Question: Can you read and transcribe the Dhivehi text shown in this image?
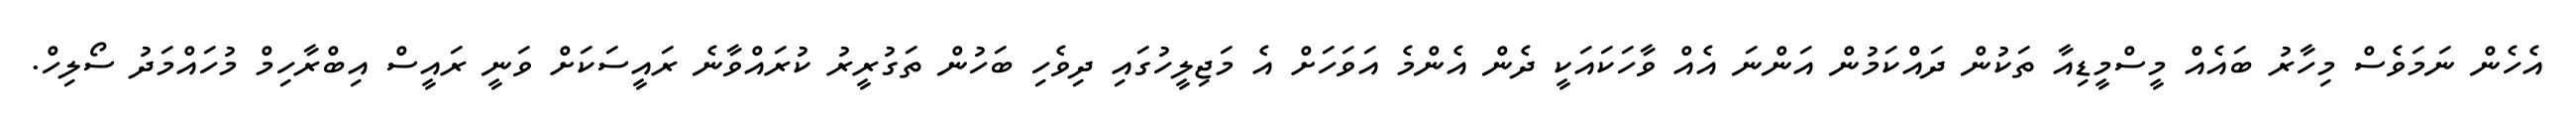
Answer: އެހެން ނަމަވެސް މިހާރު ބައެއް މީސްމީޑިއާ ތަކުން ދައްކަމުން އަންނަ އެއް ވާހަކައަކީ ދެން އެންމެ އަވަހަށް އެ މަޖިލީހުގައި ދިވެހި ބަހުން ތަގުރީރު ކުރައްވާނެ ރައީސަކަށް ވަނީ ރައީސް އިބްރާހިމް މުހައްމަދު ސޯލިހް.